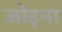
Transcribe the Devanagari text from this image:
जोड्ना